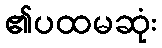
၏ပထမဆုံး